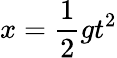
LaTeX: x=\frac{1}{2}gt^{2}